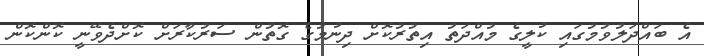
އެ ބައްދަލުވުމުގައި ކުލީގެ މުއްދަތު އިތުރުކޮށް ދިނުމުގެ ގޮތުން ސަރުކާރަށް ކޮށްދެވޭނީ ކޮންކޮން